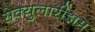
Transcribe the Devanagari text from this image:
सेक्युलारीझम